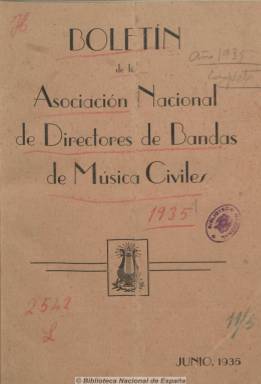
Título: Boletín de la Asociación Nacional de Directores de Bandas de Música Civiles
Colección: Música
Ámbito geográfico: Madrid
Lugar de publicación: Madrid
Fechas: 01/06/1935-01/06/1936

Publicado con periodicidad quincenal entre junio de 1935 y junio de 1936, forma una colección de 21 números, de entre 12 y 18 dieciséis páginas cada uno, con cubiertas generalmente ilustradas con el retrato de un director de banda musical. Publicación de carácter profesional, órgano de la asociación que expresa su título, que contiene información sobre la misma, su reglamento, actas de su junta directiva, escalafón profesional, cuentas económicas societarias, así como otras noticias generales sobre el movimiento general musical (conciertos, recitales, etc.) y anuncios comerciales. Ofrece en cada número una semblanza de un director de música, y le dedicó gran atención al maestro Ricardo Villa González (1873-1935), director de la Banda Municipal de Madrid y primer presidente de la asociación, que fallece antes de empezar a editarse este boletín, y que le dedica un número monográfico en abril de 1936. El boletín fue distribuido gratuitamente entre los asociados. El vicepresidente era Manuel Peñalva Téllez; Román García, actuaba de secretario, y Alberto Valentín, de gerente. La asociación debió editar una publicación anterior asociada a la revista Ritmo (1929). En 1945 reaparece ya con el título de Boletín del Colegio Oficial de Directores de Bandas de Música Civiles.